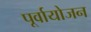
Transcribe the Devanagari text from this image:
पूर्वायोजन